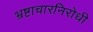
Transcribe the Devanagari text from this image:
भ्रष्टाचारनिरोधी